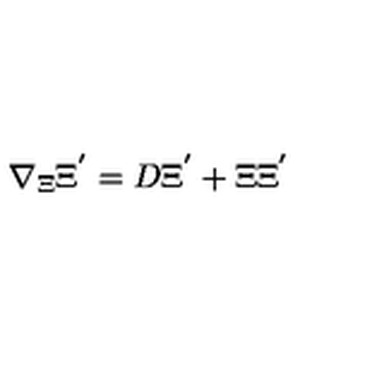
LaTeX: \nabla _ { \Xi } \Xi ^ { ' } = D \Xi ^ { ' } + \Xi \Xi ^ { ' }